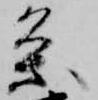
条